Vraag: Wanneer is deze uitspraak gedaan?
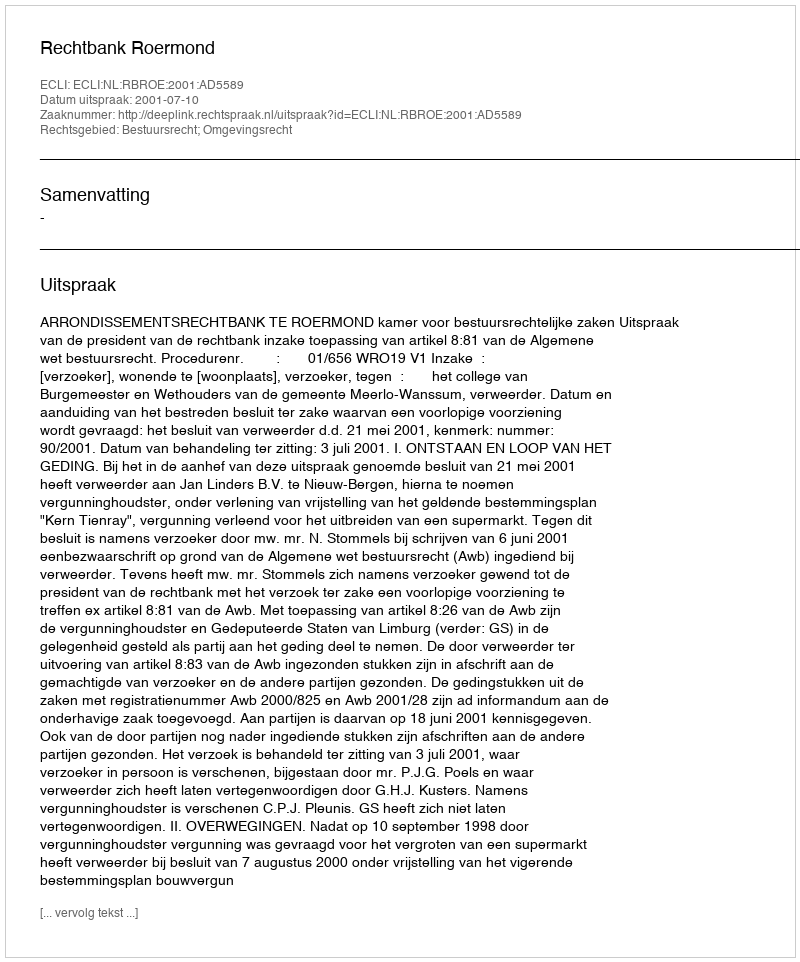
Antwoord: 2001-07-10